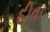
દીવા